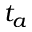
t _ { a }